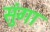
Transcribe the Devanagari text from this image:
सुंगा